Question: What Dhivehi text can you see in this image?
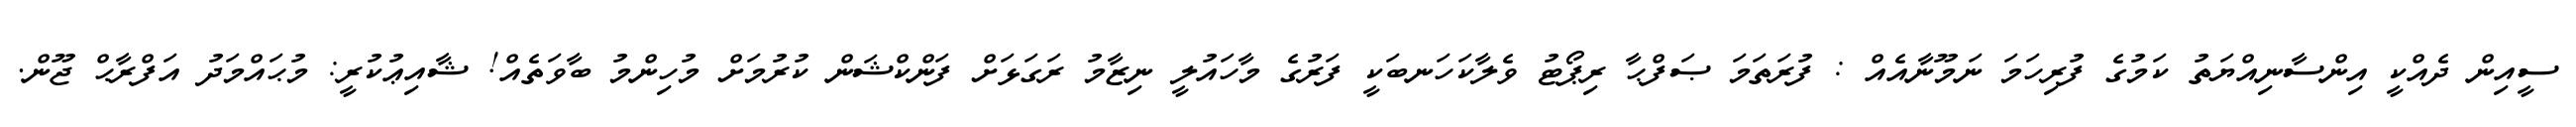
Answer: ސީއިން ދެއްކީ އިންސާނިއްޔަތު ކަމުގެ ފުރިހަމަ ނަމޫނާއެއް : ފުރަތަމަ ޞަފްޙާ ރިޕޯޓު ވެލާކަހަނބަކީ ފަރުގެ މާހައުލީ ނިޒާމު ރަގަޅަށް ފަންކްޝަން ކުރުމަށް މުހިންމު ބާވަތެއް! ޝާއިޢުކުރީ: މުޙައްމަދު އަފްރާޙް ޖޫން.